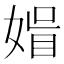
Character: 𡟤